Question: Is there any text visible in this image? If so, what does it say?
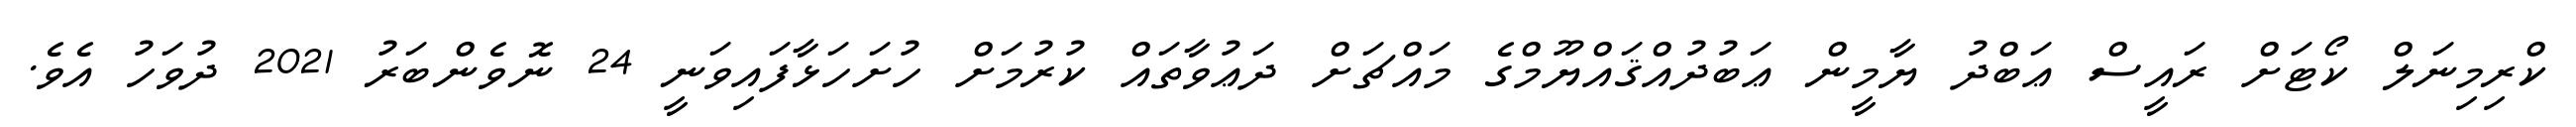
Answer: ކްރިމިނަލް ކޯޓަށް ރައީސް ޢަބްދު ޔާމީން ޢަބުދުއްޤައްޔޫމްގެ މައްޗަށް ދަޢުވާތައް ކުރުމަށް ހުށަހަޅާފައިވަނީ 24 ނޮވެންބަރު 2021 ދުވަހު އެވެ.